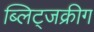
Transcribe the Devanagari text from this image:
ब्लिट्जक्रीग